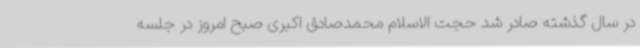
در سال گذشته صادر شد حجت الاسلام محمدصادق اکبری صبح امروز در جلسه